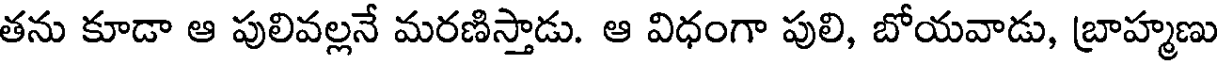
తను కూడా ఆ పులివల్లనే మరణిస్తాడు. ఆ విధంగా పులి, బోయవాడు, బ్రాహ్మణు